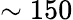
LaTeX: \sim 150